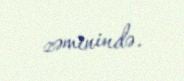
zəminində.